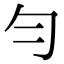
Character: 勻